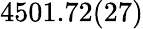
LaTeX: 4501.72(27)